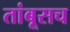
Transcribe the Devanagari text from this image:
तांबूसच